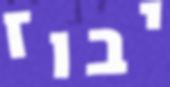
יבוז